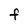
Character: F